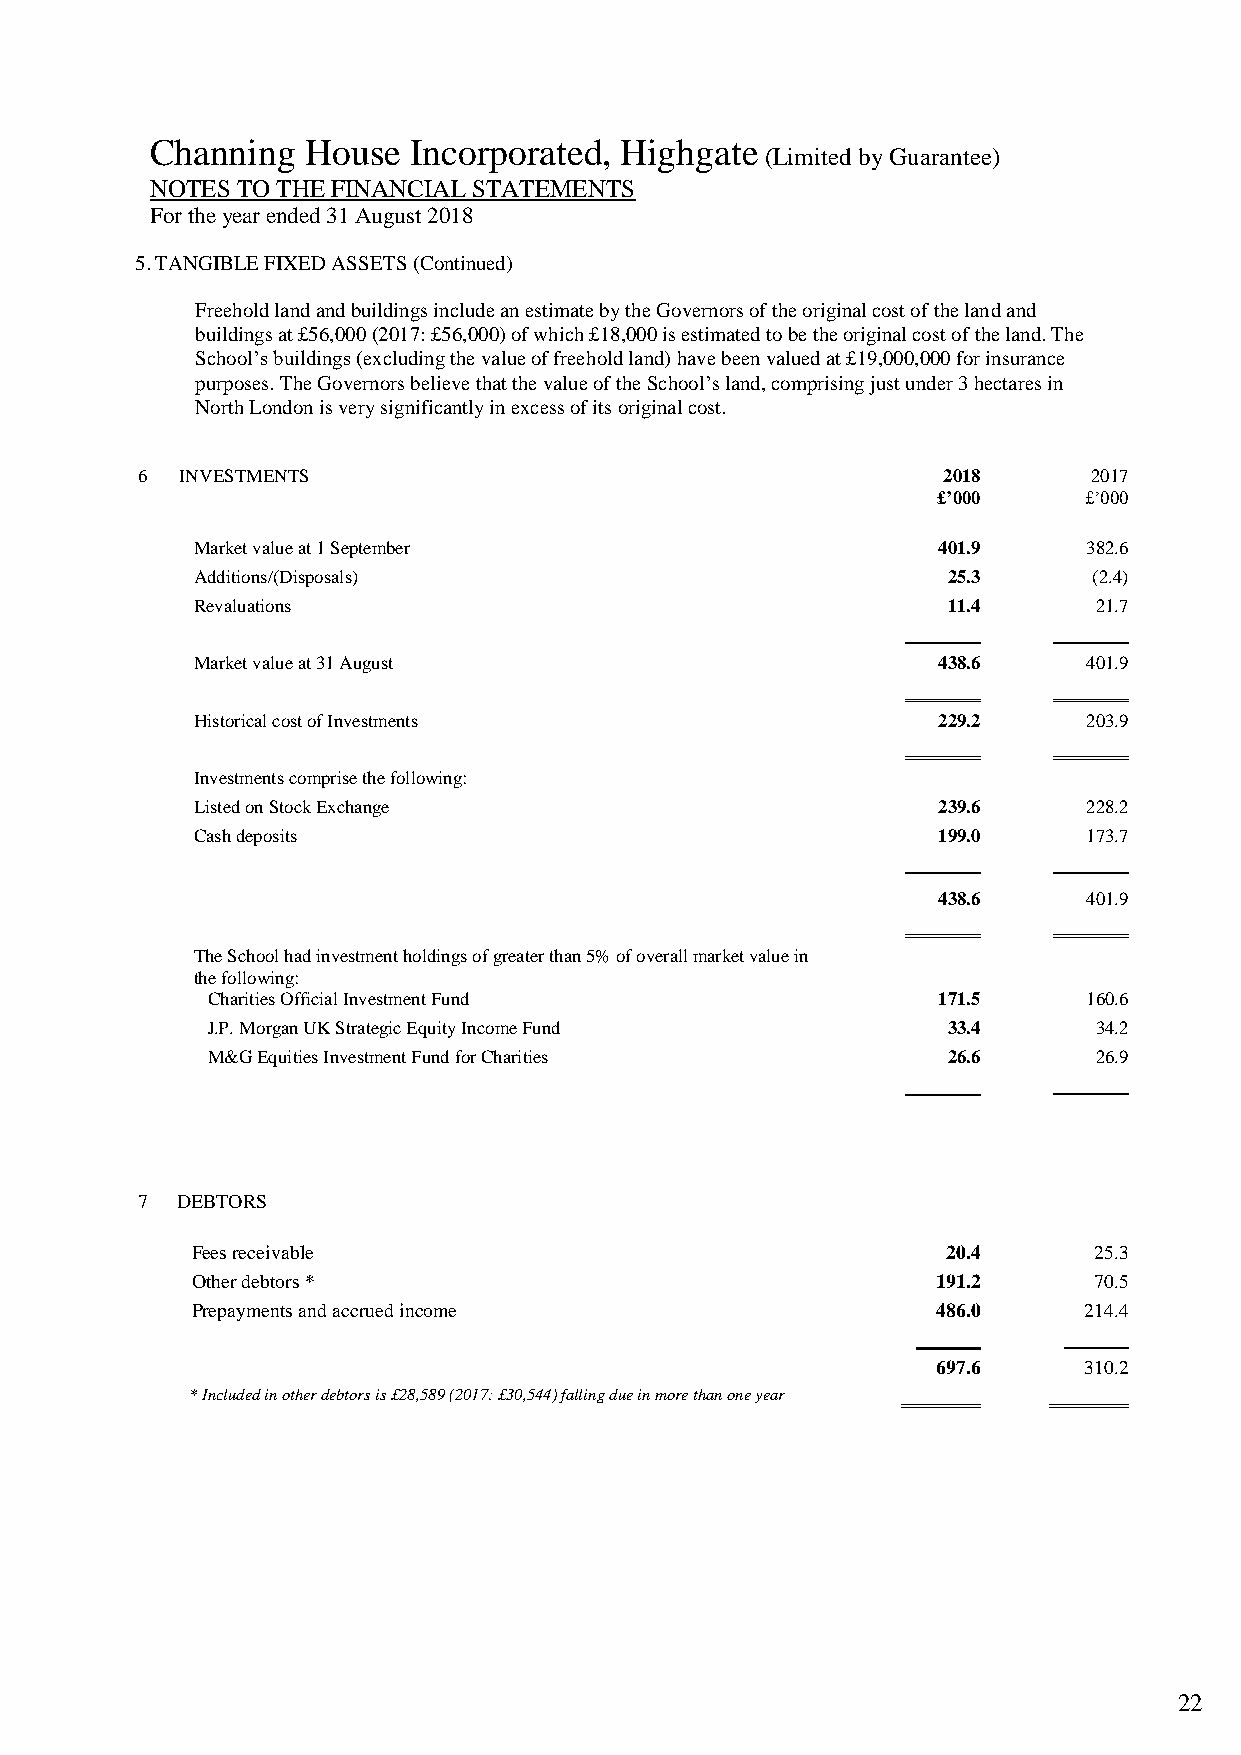
Channing  House  Incorporated, Highgate
 (Limited by Guarantee)
 NOTES TO THE FINANCIAL STATEMENTS
 For the year ended 31 August 2018
 5. TANGIBLE FIXED ASSETS (Continued)
 Freehold land and buildings include an estimate by the Governors of the original cost of the land and
 buildings at £56,000 (2017: £56,000) of which £18,000 is estimated to be the original cost of the land. The
 School’s buildings (excluding the value of freehold land) have been valued at £19,000,000 for insurance
 purposes. The Governors believe that the value of the School’s land, comprising just under 3 hectares in
 North London is very significantly in excess of its original cost.
 6  INVESTMENTS                                       2018      2017
 £’000     £’000
 Market value at 1 September                      401.9     382.6
 Additions/(Disposals)                             25.3     (2.4)
 Revaluations                                      11.4     21.7
 Market value at 31 August                        438.6     401.9
 Historical cost of Investments                   229.2     203.9
 Investments comprise the following:
 Listed on Stock Exchange                         239.6     228.2
 Cash deposits                                    199.0     173.7
 438.6     401.9
 The School had investment holdings of greater than 5% of overall market value in
 the following:
 Charities Official Investment Fund              171.5     160.6
 J.P. Morgan UK Strategic Equity Income Fund      33.4     34.2
 M&G Equities Investment Fund for Charities       26.6     26.9
 7  DEBTORS
 Fees receivable                                   20.4     25.3
 Other debtors *                                  191.2     70.5
 Prepayments and accrued income                   486.0     214.4
 697.6     310.2
 * Included in other debtors is £28,589 (2017: £30,544) falling due in more than one year
 22